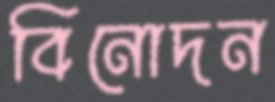
বিনোদন